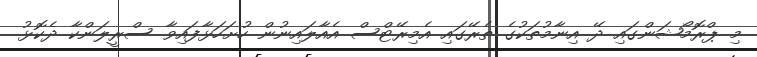
މި ޕްރޮމޯޝަންގައި ދޭ އިނާމުތަކުގެ ތެރޭގައި އެމިރޭޓްސް އެއާލައިނުން ހުށަހަޅާފައިވާ ސްރީލަންކާ ދެކޮޅު